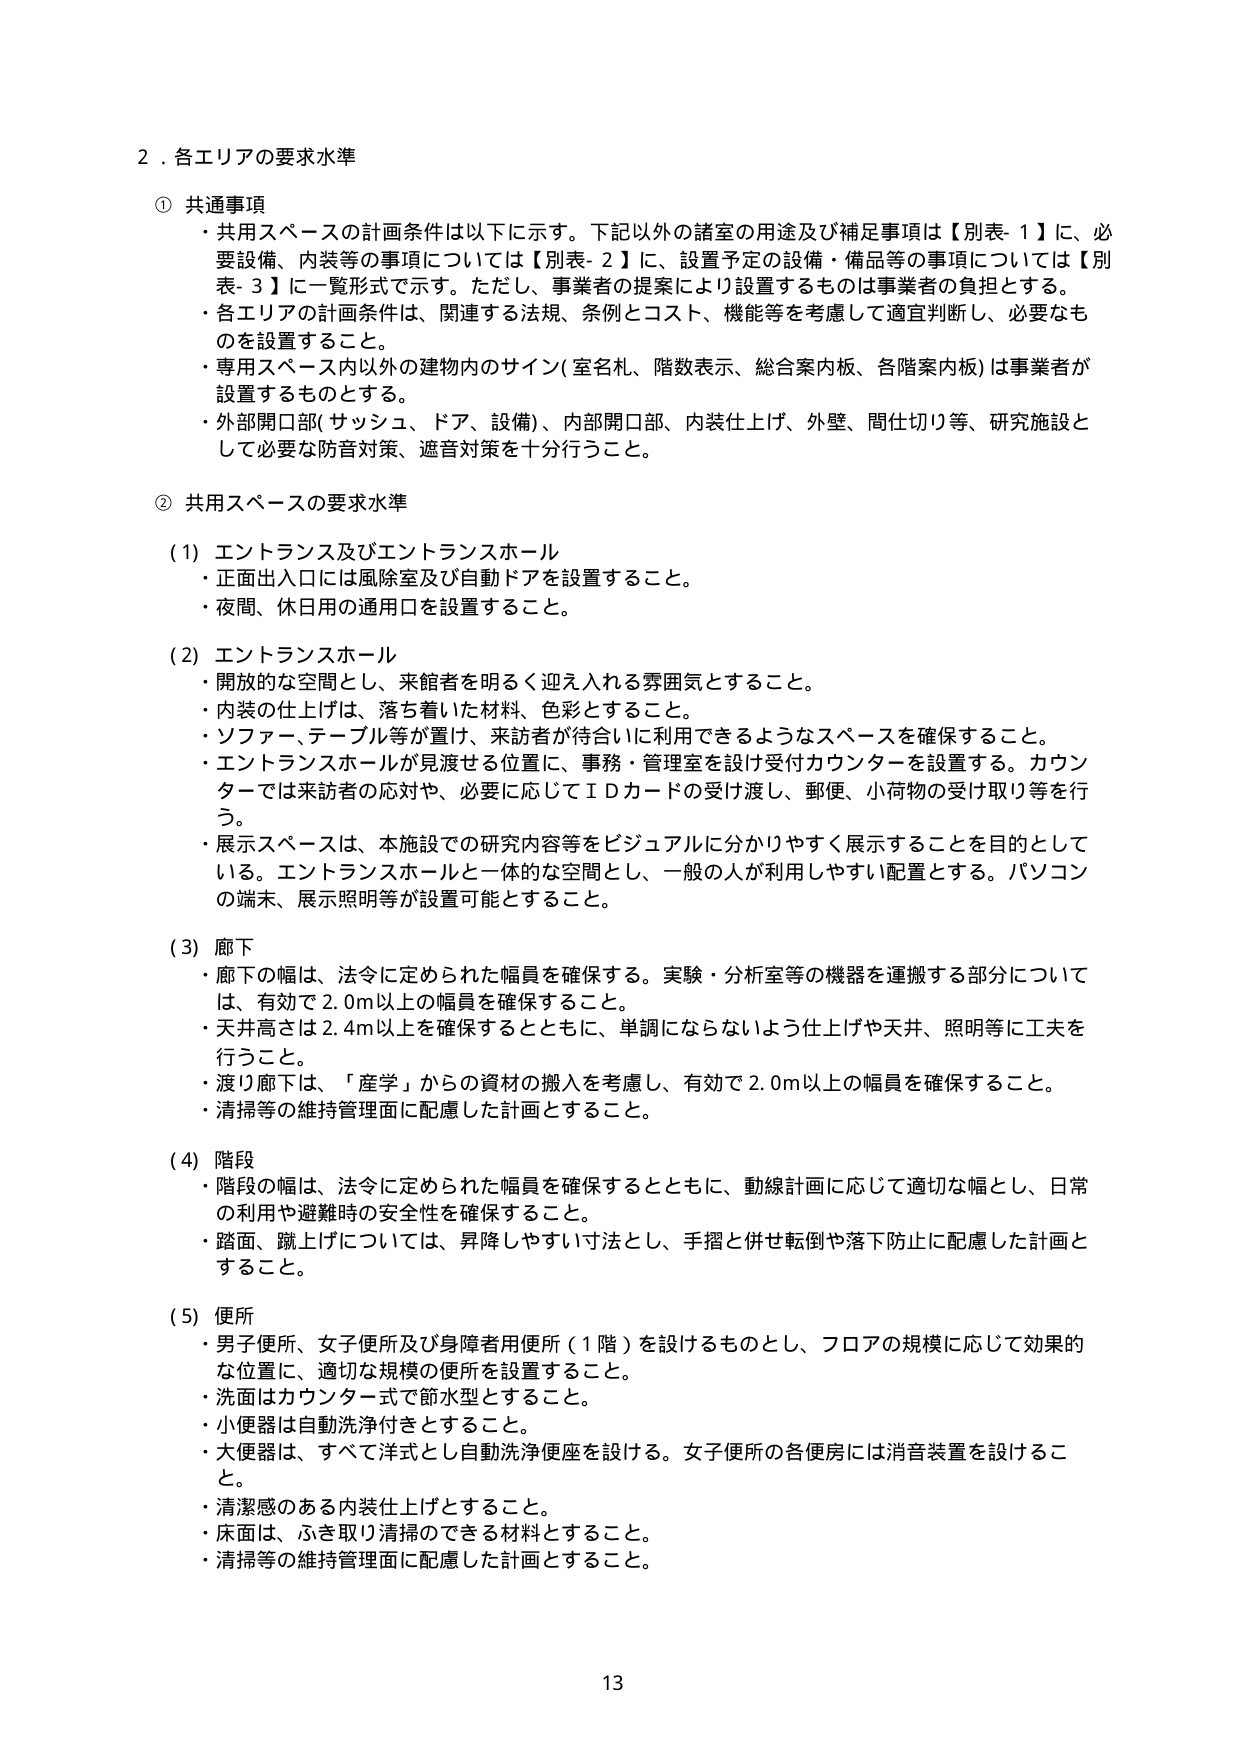
2．各エリアの要求水準

① 共通事項
・共用スペースの計画条件は以下に示す。下記以外の諸室の用途及び補足事項は【別表-1】に、必要設備、内装等の事項については【別表-2】に、設置予定の設備・備品等の事項については【別表-3】に一覧形式で示す。ただし、事業者の提案により設置するものは事業者の負担とする。
・各エリアの計画条件は、関連する法規、条例とコスト、機能等を考慮して適宜判断し、必要なものを設置すること。
・専用スペース内以外の建物内のサイン（室名札、階数表示、総合案内板、各階案内板）は事業者が設置するものとする。
・外部開口部（サッシュ、ドア、設備）、内部開口部、内装仕上げ、外壁、間仕切り等、研究施設として必要な防音対策、遮音対策を十分行うこと。

② 共用スペースの要求水準

(1) エントランス及びエントランスホール
・正面出入口には風除室及び自動ドアを設置すること。
・夜間、休日用の通用口を設置すること。

(2) エントランスホール
・開放的な空間とし、来館者を明るく迎え入れる雰囲気とすること。
・内装の仕上げは、落ち着いた材料、色彩とすること。
・ソファー、テーブル等が置け、来訪者が待合いに利用できるようなスペースを確保すること。
・エントランスホールが見渡せる位置に、事務・管理室を設け受付カウンターを設置する。カウンターでは来訪者の応対や、必要に応じてＩＤカードの受け渡し、郵便、小荷物の受け取り等を行う。
・展示スペースは、本施設での研究内容等をビジュアルに分かりやすく展示することを目的としている。エントランスホールと一体的な空間とし、一般の人が利用しやすい配置とする。パソコンの端末、展示照明等が設置可能とすること。

(3) 廊下
・廊下の幅は、法令に定められた幅員を確保する。実験・分析室等の機器を運搬する部分については、有効で2.0m以上の幅員を確保すること。
・天井高さは2.4m以上を確保するとともに、単調にならないよう仕上げや天井、照明等に工夫を行うこと。
・渡り廊下は、「産学」からの資材の搬入を考慮し、有効で2.0m以上の幅員を確保すること。
・清掃等の維持管理面に配慮した計画とすること。

(4) 階段
・階段の幅は、法令に定められた幅員を確保するとともに、動線計画に応じて適切な幅とし、日常の利用や避難時の安全性を確保すること。
・踏面、蹴上げについては、昇降しやすい寸法とし、手摺と併せ転倒や落下防止に配慮した計画とすること。

(5) 便所
・男子便所、女子便所及び身障者用便所（1階）を設けるものとし、フロアの規模に応じて効果的な位置に、適切な規模の便所を設置すること。
・洗面はカウンター式で節水型とすること。
・小便器は自動洗浄付きとすること。
・大便器は、すべて洋式とし自動洗浄便座を設ける。女子便所の各便房には消音装置を設けること。
・清潔感のある内装仕上げとすること。
・床面は、ふき取り清掃のできる材料とすること。
・清掃等の維持管理面に配慮した計画とすること。

13